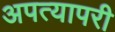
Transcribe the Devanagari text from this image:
अपत्यापरी